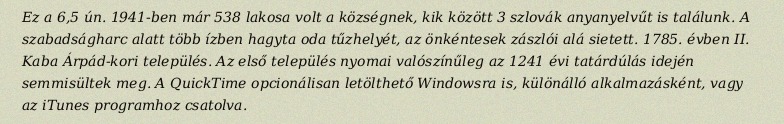
Ez a 6,5 ún. 1941-ben már 538 lakosa volt a községnek, kik között 3 szlovák anyanyelvűt is találunk. A szabadságharc alatt több ízben hagyta oda tűzhelyét, az önkéntesek zászlói alá sietett. 1785. évben II. Kaba Árpád-kori település. Az első település nyomai valószínűleg az 1241 évi tatárdúlás idején semmisültek meg. A QuickTime opcionálisan letölthető Windowsra is, különálló alkalmazásként, vagy az iTunes programhoz csatolva.